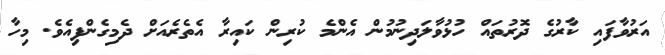
އަރުވާފައި ކާރުގެ ދޮރުތައް ހުޅުވާލަދިނުމުން އެންމެ ކުރިން ކައިރާ އެތެރެއަށް ދެމިގެންފިއެވެ. މިހާ